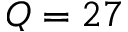
Q = 2 7